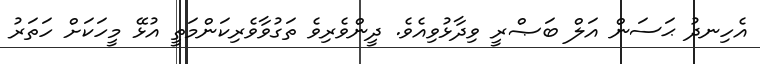
އެހިނދު ޙަސަން އަލް ބަޞްރީ ވިދާޅުވިއެވެ. ދީންވެރިވެ ތަގުވާވެރިކަންމަތީ އުޅޭ މީހަކަށް ހަތަރު